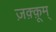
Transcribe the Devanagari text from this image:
ज़क़्क़ूम्